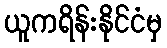
ယူကရိန်းနိုင်ငံမှ